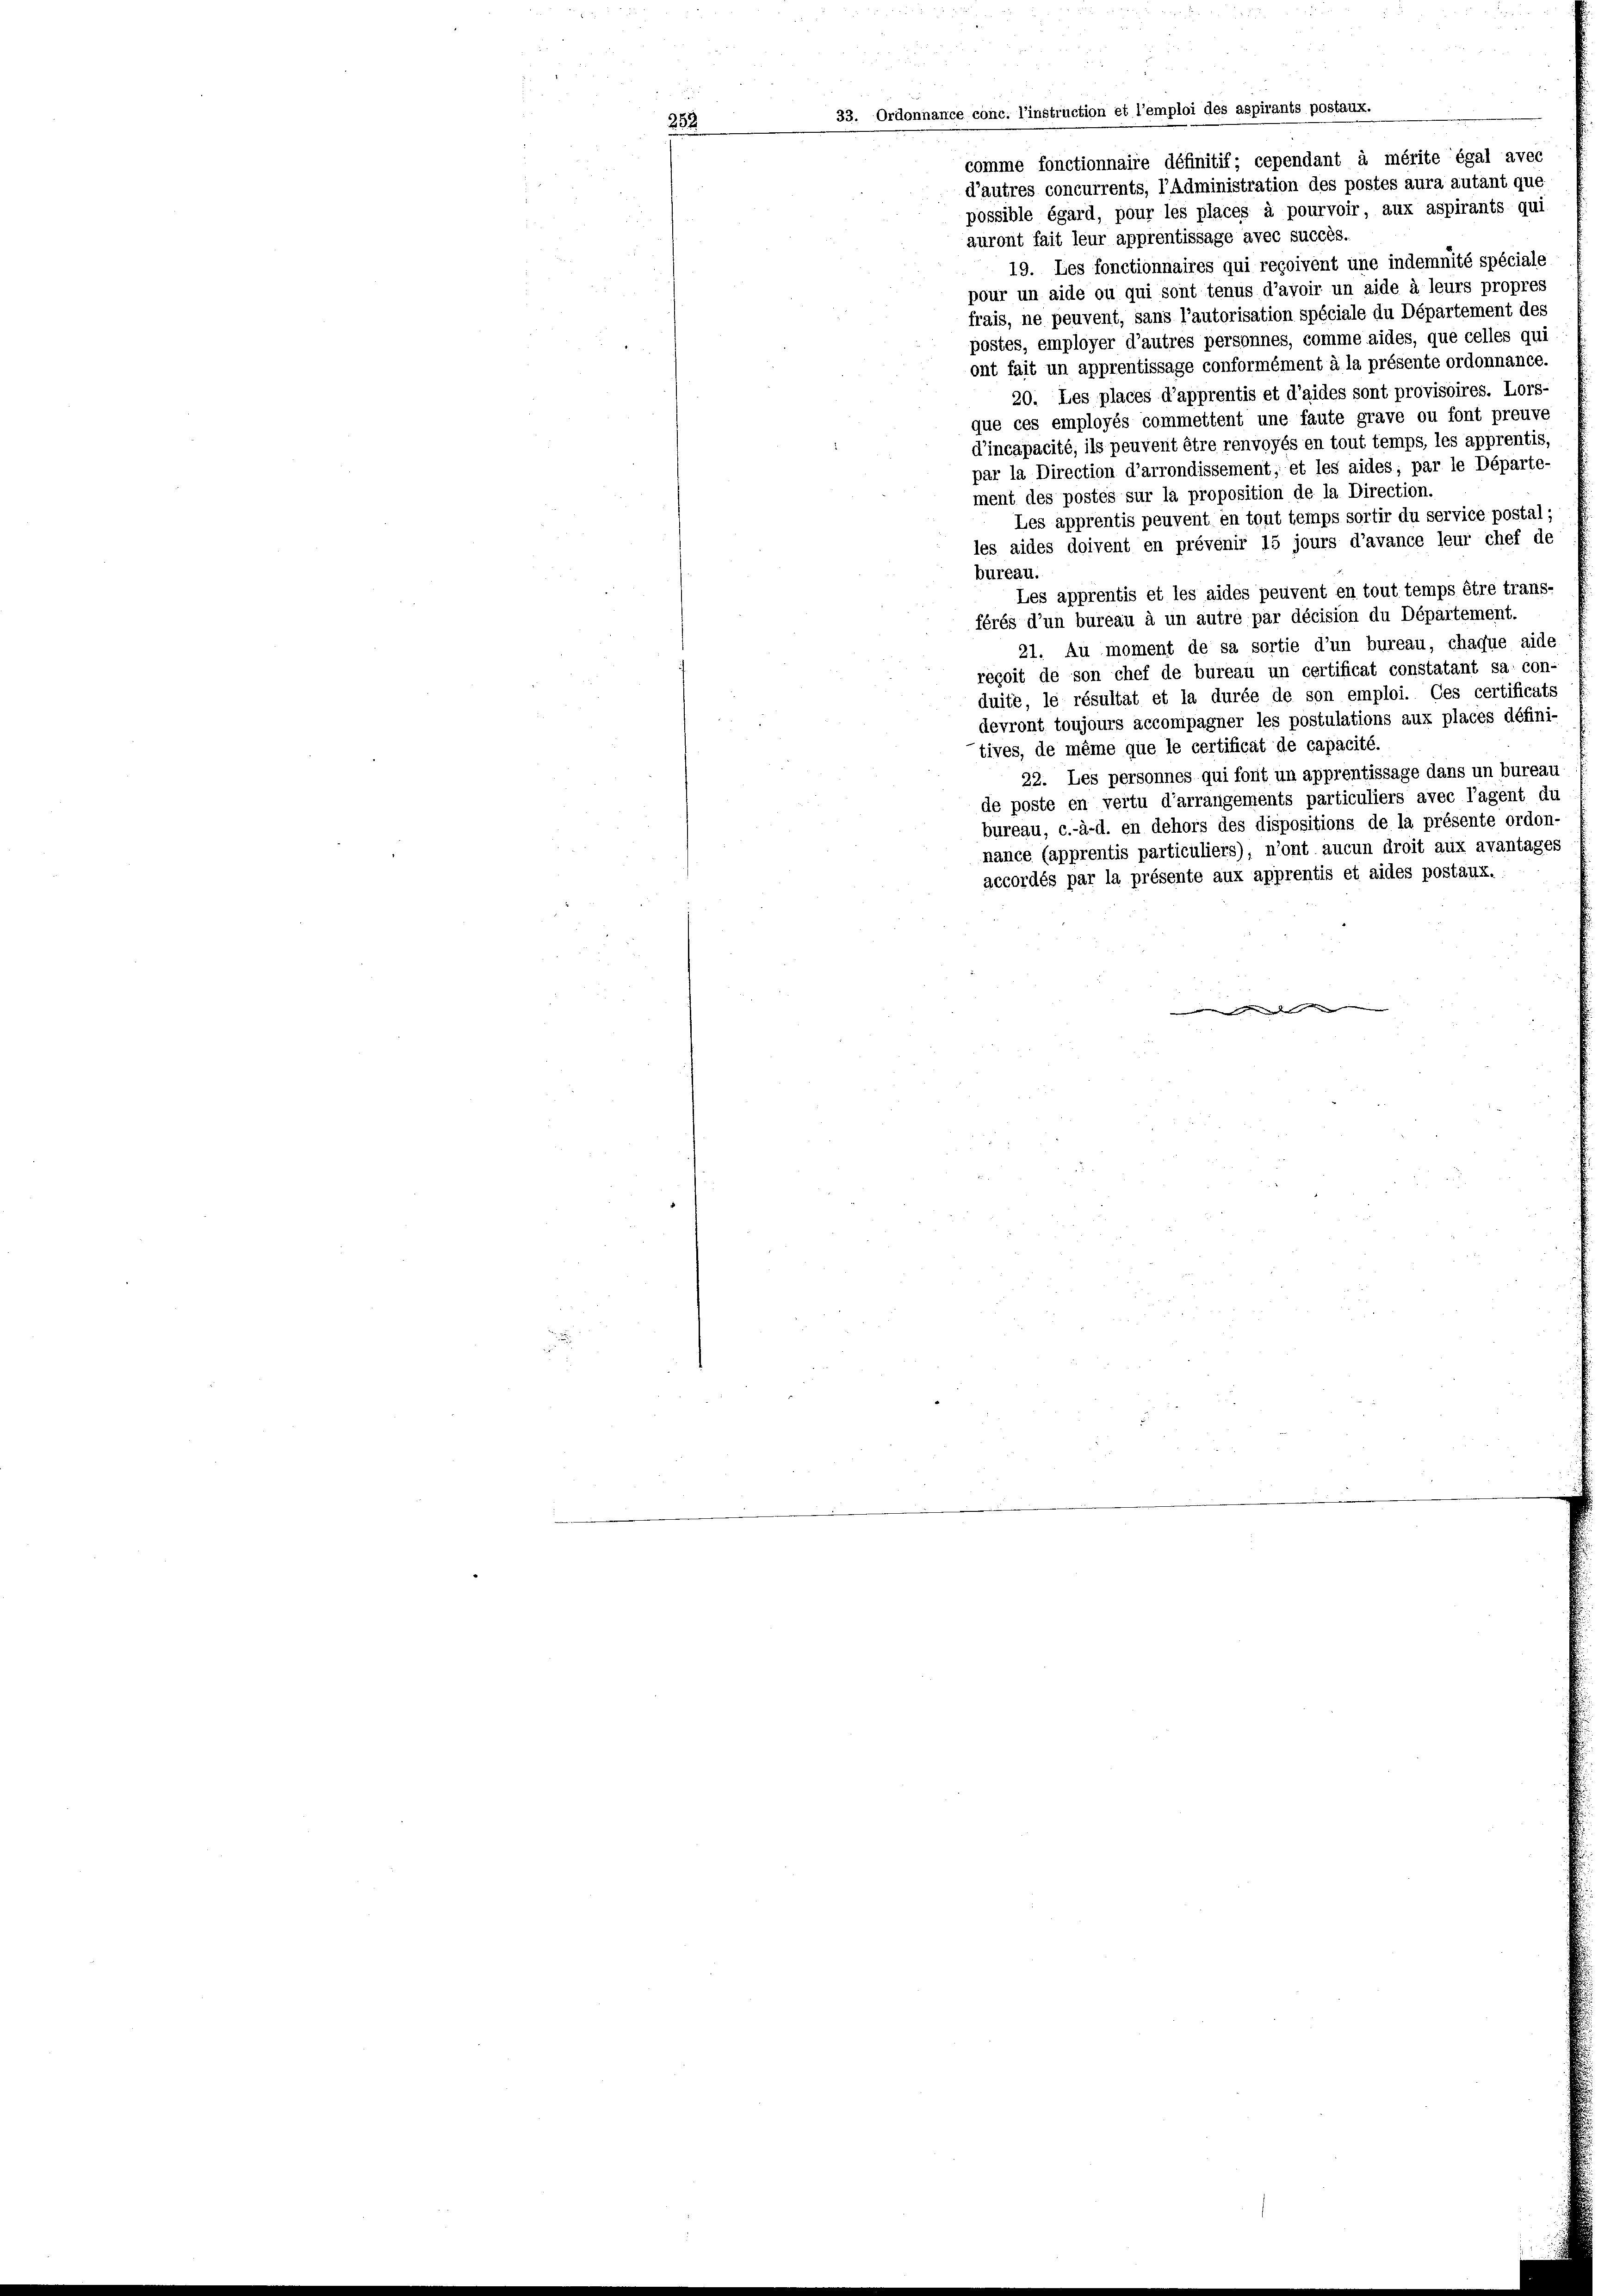
33. Ordonnance conc. l’instruction et l’emploi des aspirants postaux.

comme fonctionnaire définitif; cependant à mérite égal avec
d’autres concurrents, l’Administration des postes aura autant que
possible égard, pour les places à pourvoir, aux aspirants qui
auront fait leur apprentissage avec succès.
19. Les fonctionnaires qui reçoivent une indemnité spéciale
pour un aide ou qui sont tenus d’avoir un aide à leurs propres
frais, ne peuvent, sans l’autorisation spéciale du Département des
postes, employer d’autres personnes, comme aides, que celles qui
ont fait un apprentissage conformément à la présente ordonnance.
20. Les places d’apprentis et d’aides sont provisoires. Lors-
que ces employés commettent une faute grave ou font preuve
d’incapacité, ils peuvent être renvoyés en tout temps, les apprentis,
par la Direction d’arrondissement, et les aides, par le Départe-
ment des postes sur la proposition de la Direction.
Les apprentis peuvent en tout temps sortir du service postal;
les aides doivent en prévenir 15 jours d’avance leur chef de
bureau.
Les apprentis et les aides peuvent en tout temps être trans-
férés d’un bureau à un autre par décision du Département.
21. Au moment de sa sortie d’un bureau, chaque aide
reçoit de son chef de bureau un certificat constatant sa con-
duite, le résultat et la durée de son emploi. Ces certificats
devront toujours accompagner les postulations aux places défini-
tives, de même que le certificat de capacité.
22. Les personnes qui font un apprentissage dans un bureau
de poste en vertu d’arrangements particuliers avec l’agent du
bureau, c.-à-d. en dehors des dispositions de la présente ordon-
nance (apprentis particuliers), n’ont aucun droit aux avantages
accordés par la présente aux apprentis et aides postaux.
een den den der diesen de